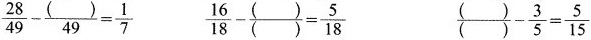
$$\frac{28}{49}- \frac{()}{49}= \frac{1}{7}$$ $$\frac{16}{18}-\frac{()}{()}= \frac{5}{18}$$ $$\frac{()}{()}- \frac{3}{5}= \frac{5}{15}$$